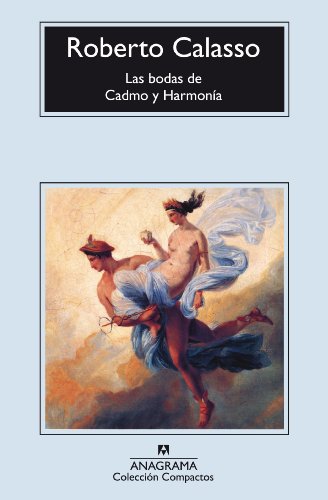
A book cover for Las bodas de Cadmo y HarmonÃ­a (Compactos Anagrama) (Spanish Edition); Roberto Calasso; Romance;